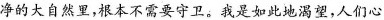
净的大自然里，根本不需要守卫。我是如此地渴望，人们心